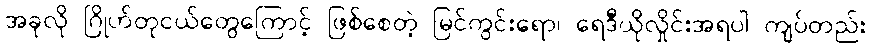
အခုလို ဂြိုဟ်တုငယ်တွေကြောင့် ဖြစ်စေတဲ့ မြင်ကွင်းရော၊ ရေဒီယိုလှိုင်းအရပါ ကျပ်တည်း